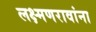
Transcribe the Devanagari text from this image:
लक्ष्मणरावांना